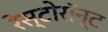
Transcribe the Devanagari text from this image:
रेस्टोरॉन्ट